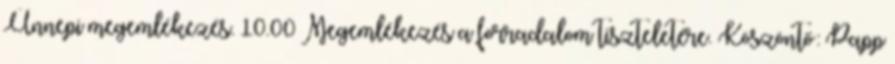
Ünnepi megemlékezés. 10.00 Megemlékezés a forradalom tiszteletére. Köszöntő: Papp